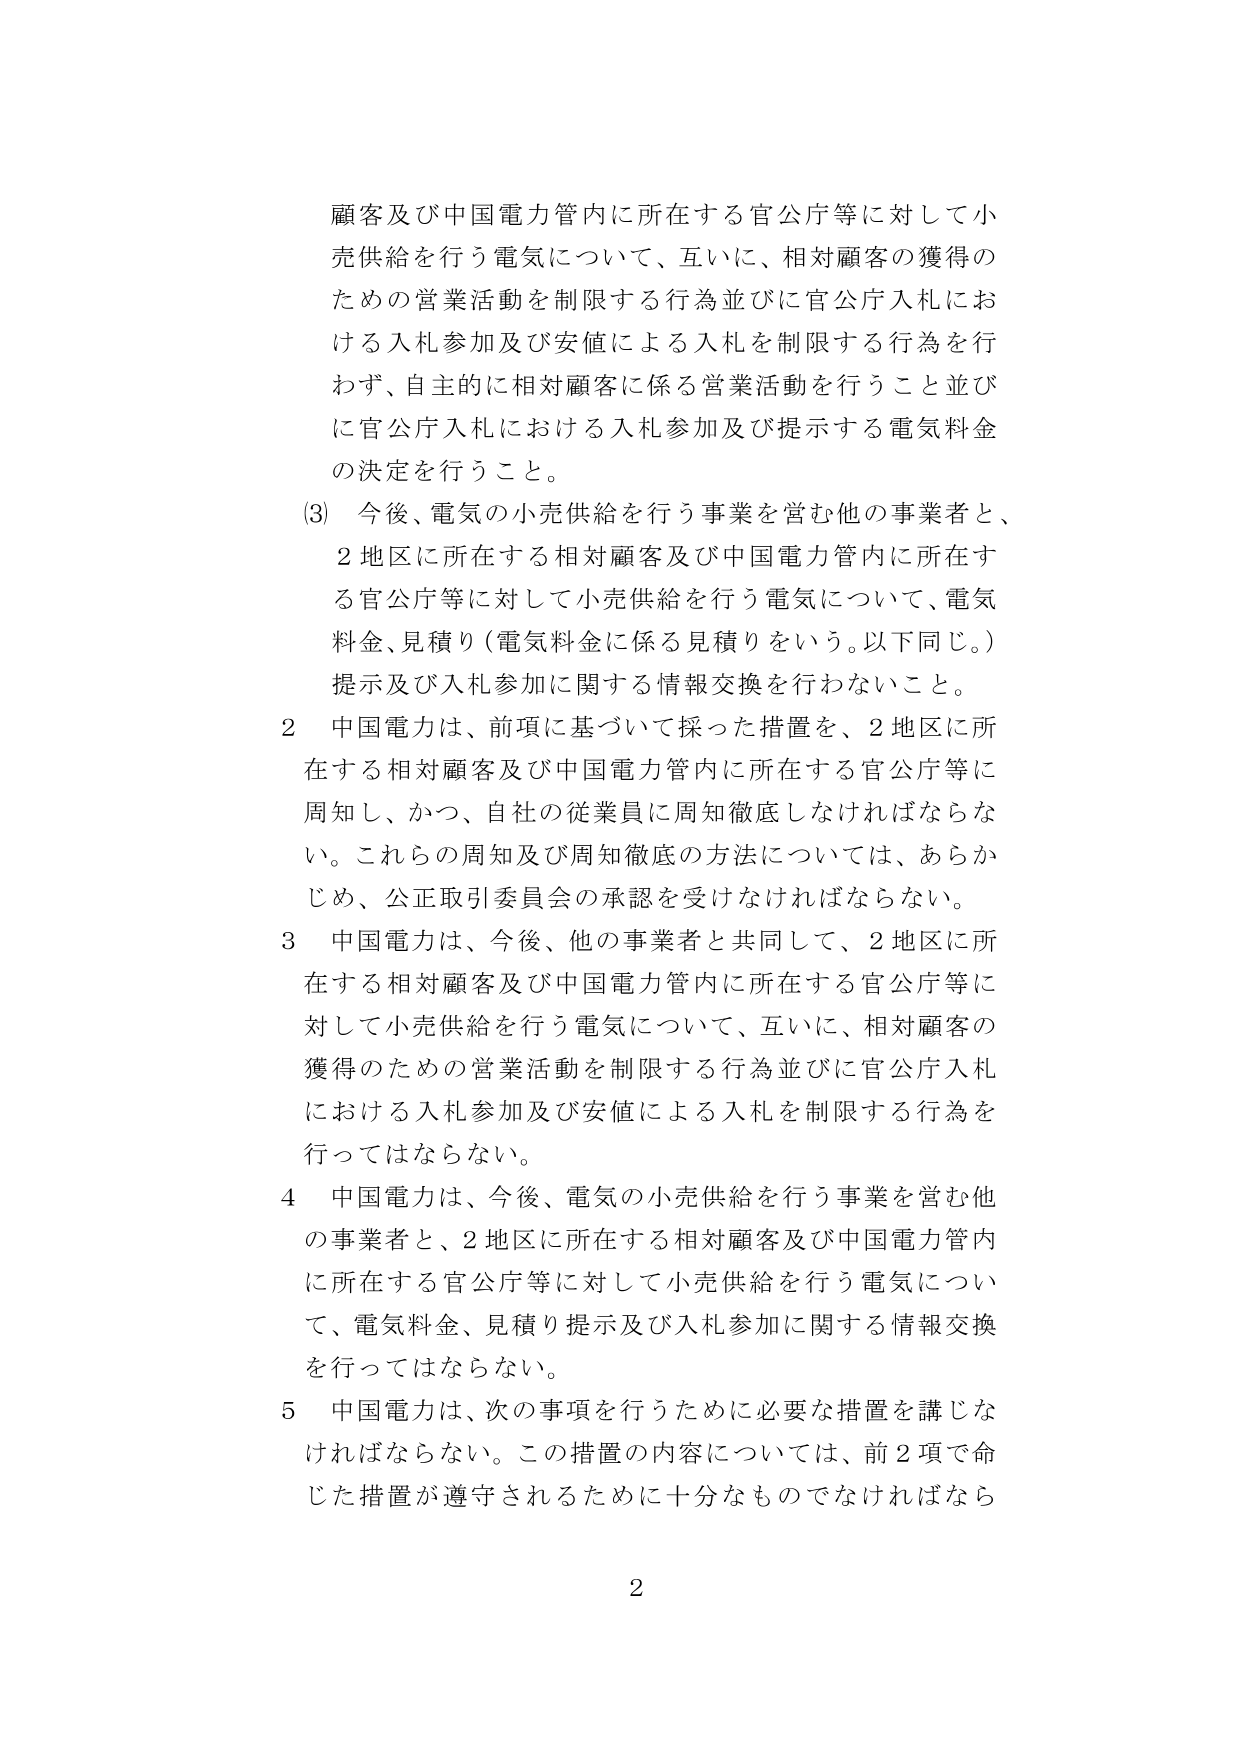
顧客及び中国電力管内に所在する官公庁等に対して小売供給を行う電気について、互いに、相対顧客の獲得のための営業活動を制限する行為並びに官公庁入札における入札参加及び安値による入札を制限する行為を行わず、自主的に相対顧客に係る営業活動を行うこと並びに官公庁入札における入札参加及び提示する電気料金の決定を行うこと。

(3) 今後、電気の小売供給を行う事業を営む他の事業者と、2地区に所在する相対顧客及び中国電力管内に所在する官公庁等に対して小売供給を行う電気について、電気料金、見積り（電気料金に係る見積りをいう。以下同じ。）提示及び入札参加に関する情報交換を行わないこと。

2 中国電力は、前項に基づいて採った措置を、2地区に所在する相対顧客及び中国電力管内に所在する官公庁等に周知し、かつ、自社の従業員に周知徹底しなければならない。これらの周知及び周知徹底の方法については、あらかじめ、公正取引委員会の承認を受けなければならない。

3 中国電力は、今後、他の事業者と共同して、2地区に所在する相対顧客及び中国電力管内に所在する官公庁等に対して小売供給を行う電気について、互いに、相対顧客の獲得のための営業活動を制限する行為並びに官公庁入札における入札参加及び安値による入札を制限する行為を行ってはならない。

4 中国電力は、今後、電気の小売供給を行う事業を営む他の事業者と、2地区に所在する相対顧客及び中国電力管内に所在する官公庁等に対して小売供給を行う電気について、電気料金、見積り提示及び入札参加に関する情報交換を行ってはならない。

5 中国電力は、次の事項を行うために必要な措置を講じなければならない。この措置の内容については、前2項で命じた措置が遵守されるために十分なものでなければならない

2